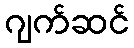
ဂျက်ဆင်